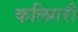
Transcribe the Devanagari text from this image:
कलिगरी